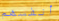
أنفسهم